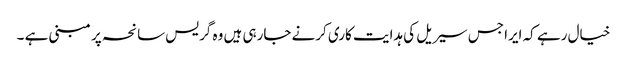
خیال رہے کہ ایرا جس سیریل کی ہدایت کاری کرنے جارہی ہیں وہ گریس سانحہ پر مبنی ہے ۔